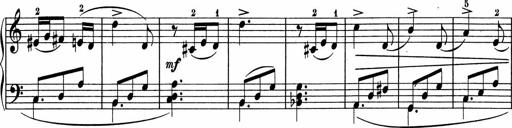
Title: 5 Sonatinen fÃ¼r die Jugend
Composer: Carl Reinecke